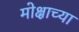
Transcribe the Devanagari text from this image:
मोक्षाच्या